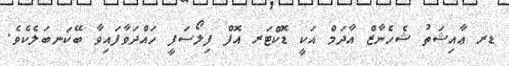
ޑރ ޢާއިޝަތު ޝެހެނާޒް އާދަމް އަކީ ޑޮކްޓަރ އޮފް ފިލޯސަފީ ހައްދަވާފައިވާ ބޭކަނބަލެކެވެ.